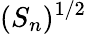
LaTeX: (S_{n})^{1/2}